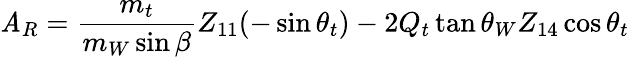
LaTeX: \mathit{A}_{R}={\frac{{m_{t}}}{{m_{W}\sin\beta}}}Z_{11}(-\sin\theta_{t})-2Q_{t}\tan\theta_{W}Z_{14}\cos\theta_{t}